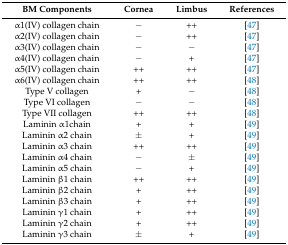
| BM Components | Cornea | Limbus | References |
 | --- | --- | --- | --- |
 | α1(IV) collagen chain | − | ++ | [47] |
 | α2(IV) collagen chain | − | ++ | [47] |
 | α3(IV) collagen chain | − | − | [47] |
 | α4(IV) collagen chain | − | + | [47] |
 | α5(IV) collagen chain | ++ | ++ | [47] |
 | α6(IV) collagen chain | ++ | ++ | [48] |
 | Type V collagen | + | − | [48] |
 | Type VI collagen | − | − | [48] |
 | Type VII collagen | ++ | ++ | [48] |
 | Laminin α1chain | + | + | [49] |
 | Laminin α2 chain | ± | + | [49] |
 | Laminin α3 chain | ++ | ++ | [49] |
 | Laminin α4 chain | − | ± | [49] |
 | Laminin α5 chain | − | + | [49] |
 | Laminin β1 chain | ++ | ++ | [49] |
 | Laminin β2 chain | + | ++ | [49] |
 | Laminin β3 chain | + | ++ | [49] |
 | Laminin γ1 chain | + | ++ | [49] |
 | Laminin γ2 chain | + | ++ | [49] |
 | Laminin γ3 chain | ± | + | [49] |